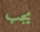
يجب